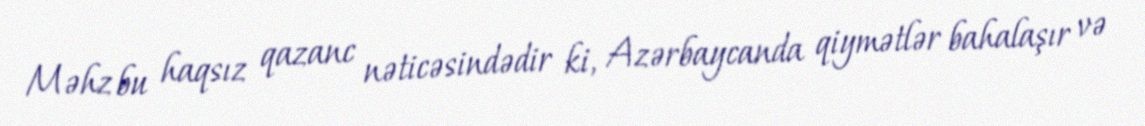
Məhz bu haqsız qazanc nəticəsindədir ki, Azərbaycanda qiymətlər bahalaşır və